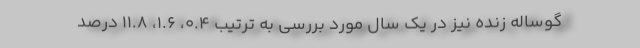
گوساله زنده نیز در یک سال مورد بررسی به ترتیب ۰.۴، ۱.۶، ۱۱.۸ درصد